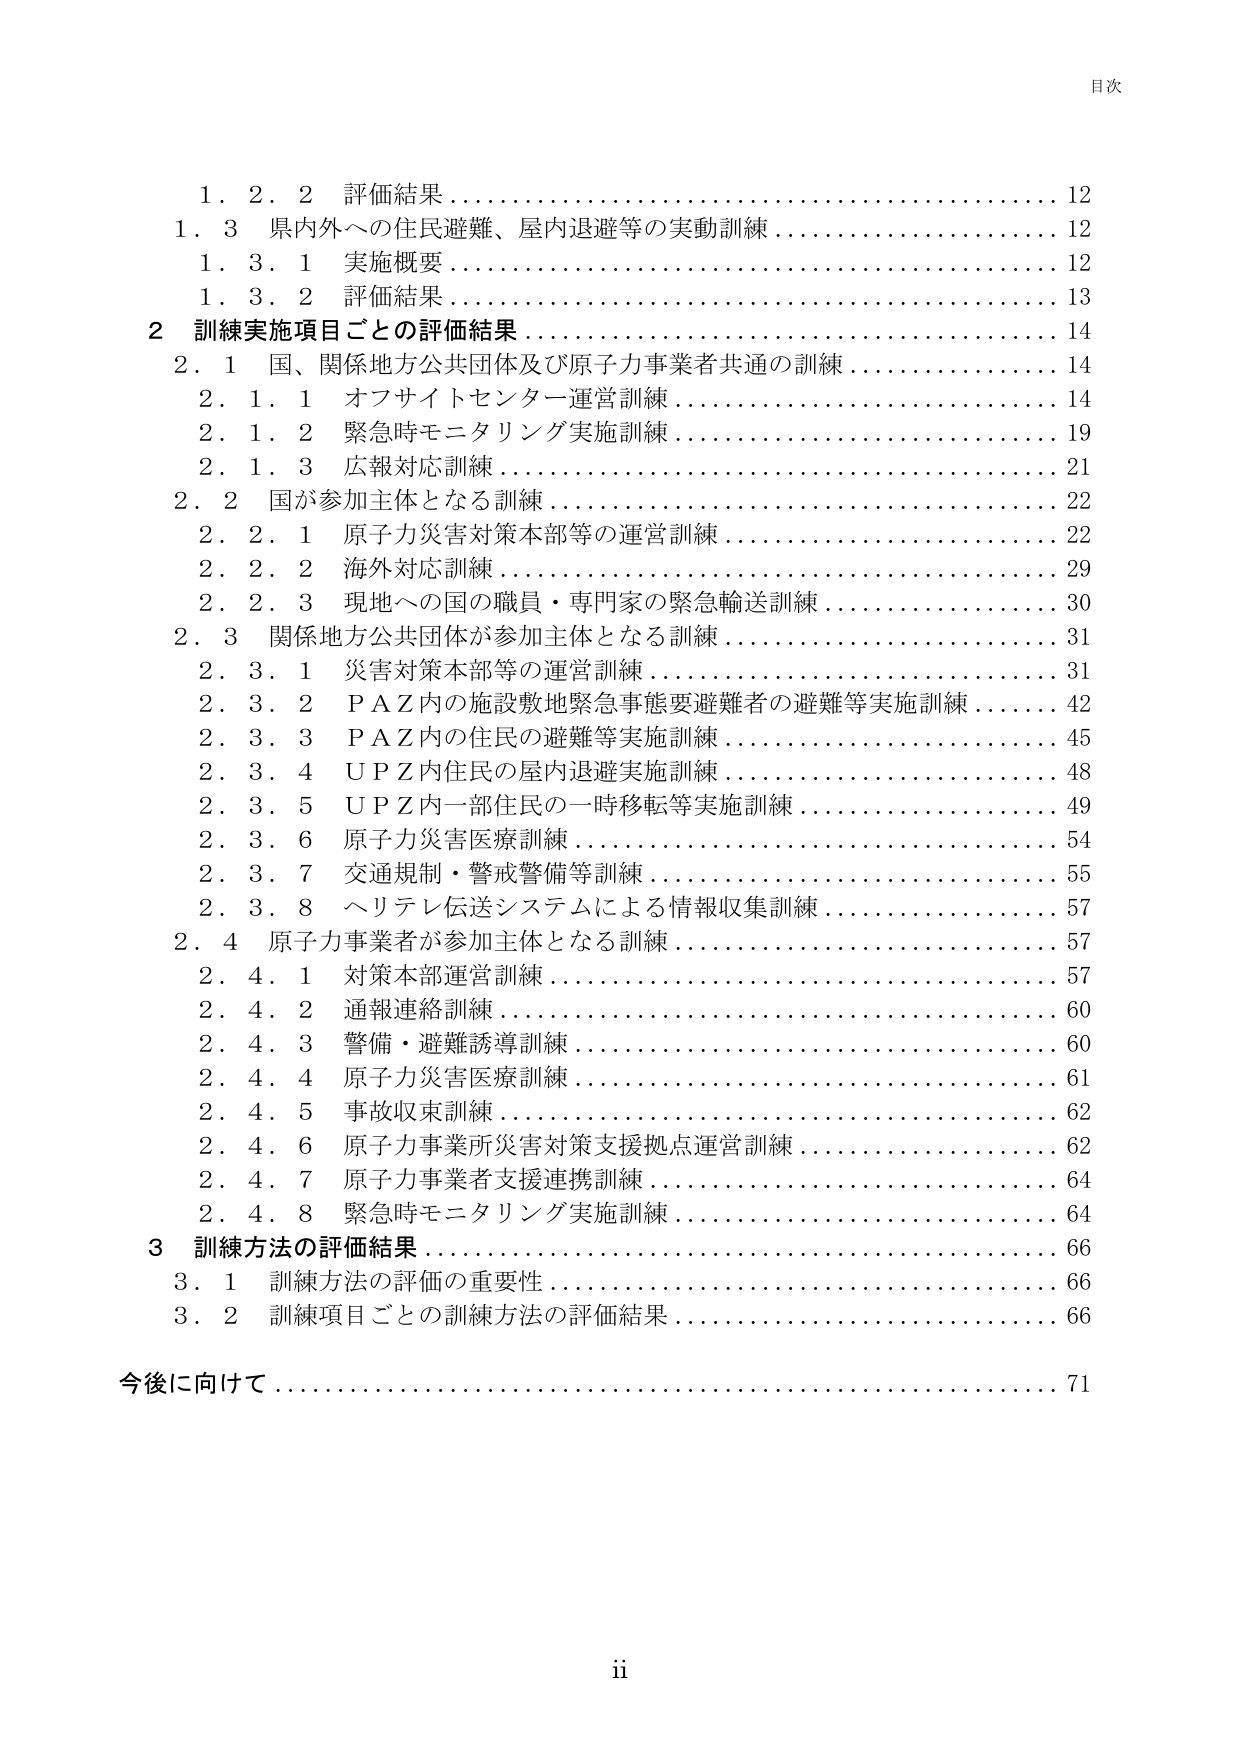
目次

1．2．2 評価結果…………………………………………………12
1．3 県内外への住民避難、屋内退避等の実動訓練………………12
　1．3．1 実施概要………………………………………………12
　1．3．2 評価結果………………………………………………13
2 訓練実施項目ごとの評価結果…………………………………14
　2．1 国、関係地方公共団体及び原子力事業者共通の訓練………14
　　2．1．1 オフサイトセンター運営訓練………………………14
　　2．1．2 緊急時モニタリング実施訓練………………………19
　　2．1．3 広報対応訓練………………………………………21
　2．2 国が参加主体となる訓練…………………………………22
　　2．2．1 原子力災害対策本部等の運営訓練…………………22
　　2．2．2 海外対応訓練………………………………………29
　　2．2．3 現地への国の職員・専門家の緊急輸送訓練…………30
　2．3 関係地方公共団体が参加主体となる訓練…………………31
　　2．3．1 災害対策本部等の運営訓練…………………………31
　　2．3．2 P A Z内の施設敷地緊急事態要避難者の避難等実施訓練……42
　　2．3．3 P A Z内の住民の避難等実施訓練……………………45
　　2．3．4 U P Z内住民の屋内退避実施訓練……………………48
　　2．3．5 U P Z内一部住民の一時移転等実施訓練……………49
　　2．3．6 原子力災害医療訓練…………………………………54
　　2．3．7 交通規制・警戒警備等訓練…………………………55
　　2．3．8 ヘリテレ伝送システムによる情報収集訓練…………57
　2．4 原子力事業者が参加主体となる訓練………………………57
　　2．4．1 対策本部運営訓練……………………………………57
　　2．4．2 通報連絡訓練………………………………………60
　　2．4．3 警備・避難誘導訓練…………………………………60
　　2．4．4 原子力災害医療訓練…………………………………61
　　2．4．5 事故収束訓練………………………………………62
　　2．4．6 原子力事業所災害対策支援拠点運営訓練……………62
　　2．4．7 原子力事業者支援連携訓練…………………………64
　　2．4．8 緊急時モニタリング実施訓練………………………64
3 訓練方法の評価結果…………………………………………66
　3．1 訓練方法の評価の重要性…………………………………66
　3．2 訓練項目ごとの訓練方法の評価結果……………………66
今後に向けて……………………………………………………71

ii